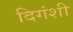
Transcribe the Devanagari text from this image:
दिगंशी